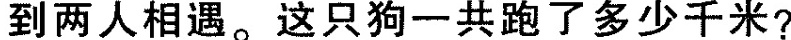
到两人相遇。这只狗一共跑了多少千米?